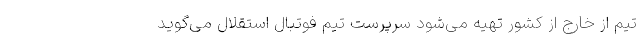
تیم از خارج از کشور تهیه می‌شود سرپرست تیم فوتبال استقلال می‌گوید